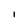
Character: l